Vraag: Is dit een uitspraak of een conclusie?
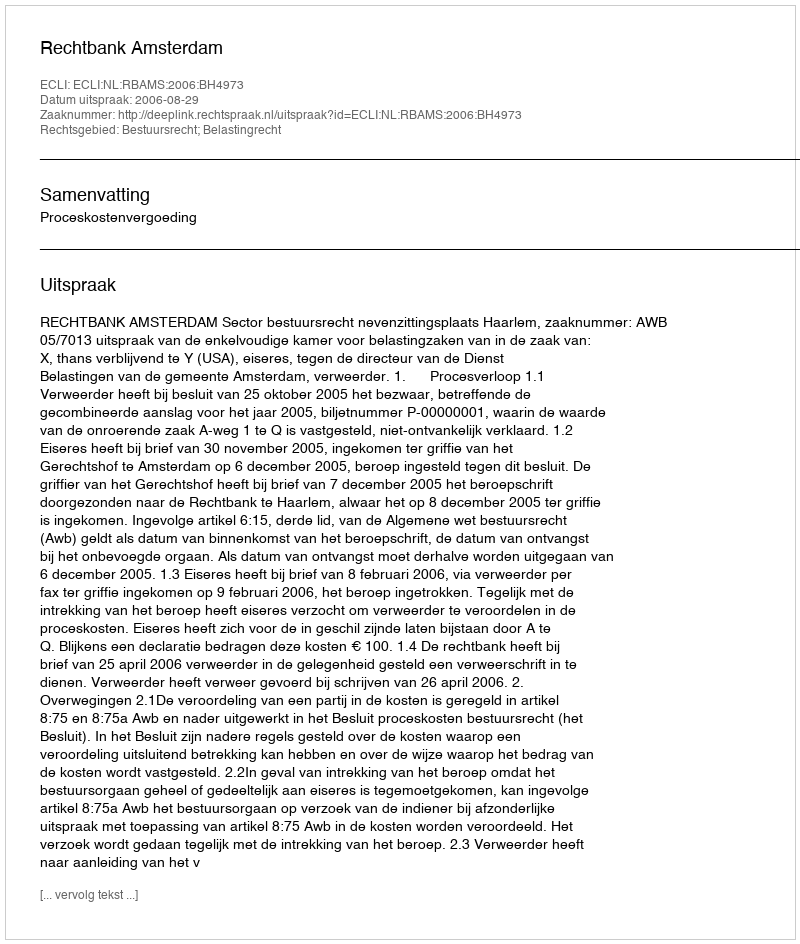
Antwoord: Uitspraak